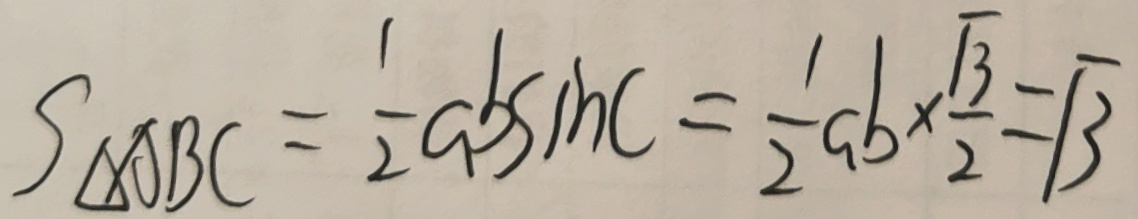
S _ { \Delta } A B C = \frac { 1 } { 2 } a b \sin C = \frac { 1 } { 2 } a b \times \frac { \sqrt { 3 } } { 2 } = \sqrt { 3 }